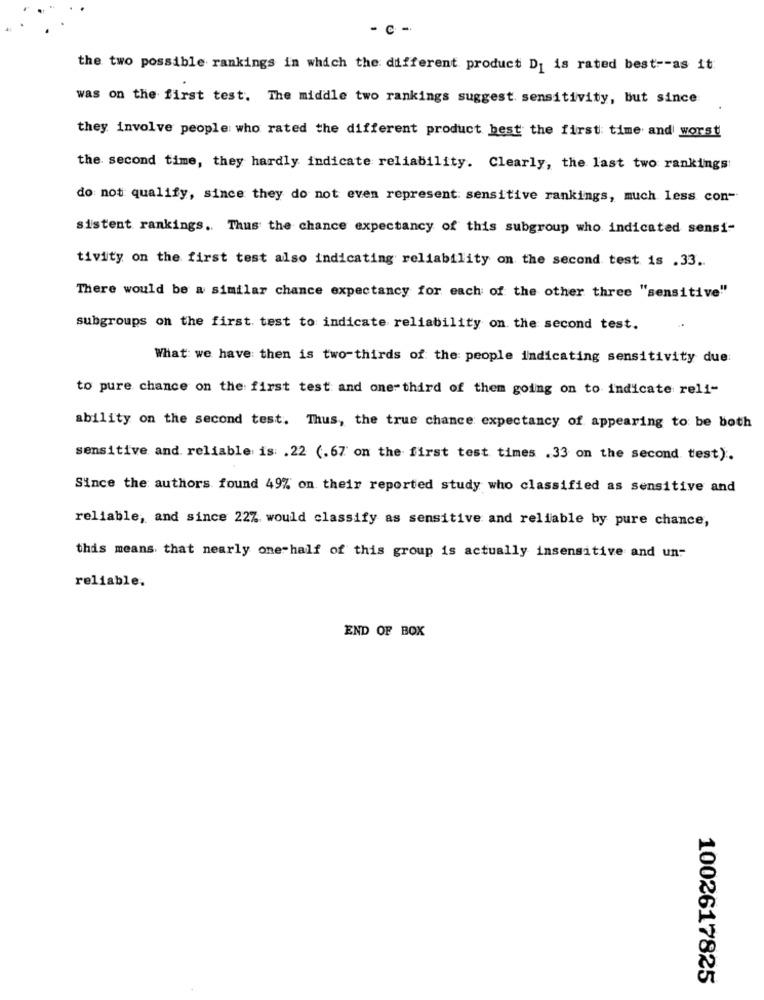
C-
the two possible rankings in which the different product Di is rated best -- as it
was on the first test. The middle two rankings suggest. sensitivity, but since
they involve people who rated the different product best the first time and worst
the second time, they hardly indicate reliability. Clearly, the last two rankings:
do not qualify, since they do not even represent sensitive rankings, much less con-
sistent rankings. Thus the chance expectancy of this subgroup who indicated sensi-
tivity on the first test also indicating reliability on the second test is .33 ..
There would be a similar chance expectancy for each of the other three "sensitive"
subgroups on the first. test to indicate reliability on the second test.
What we have then is two-thirds of the people indicating sensitivity due:
to pure chance on the first test and one third of them going on to indicate reli-
ability on the second test. Thus, the true chance expectancy of appearing to be both
sensitive and reliable is: . 22 (.67 on the first test times .33 on the second test).
Since the authors found 49% on their reported study who classified as sensitive and
reliable, and since 22% would classify as sensitive and reliable by pure chance,
this means that nearly one-half of this group is actually insensitive and un-
reliable.
END OF BOX
1002617825